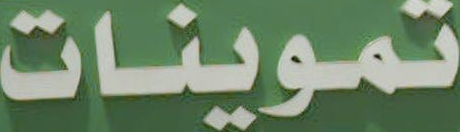
تموينات